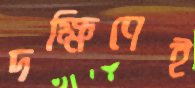
দক্ষিণেই